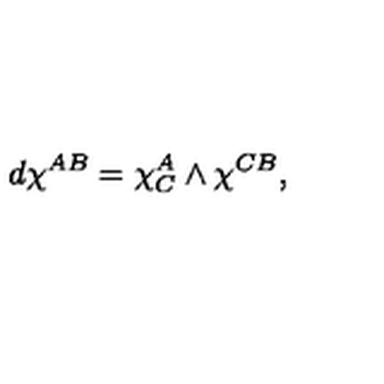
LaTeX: d \chi ^ { A B } = \chi _ { C } ^ { A } \wedge \chi ^ { C B } ,